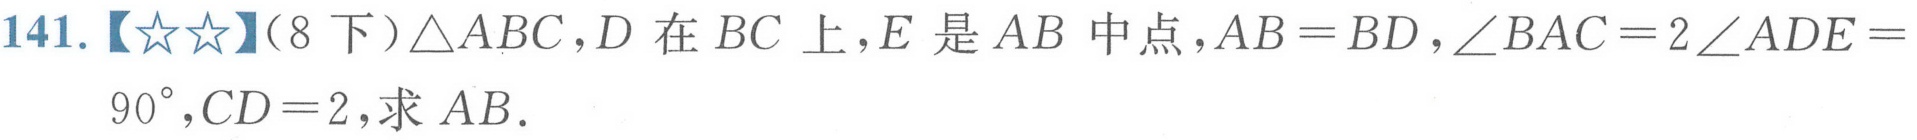
141.【★★】（8下）\(\triangle ABC\)，\(D\)在\(BC\)上，\(E\)是\(AB\)中点，\(AB = BD\)，\(\angle BAC = 2\angle ADE = 90^{\circ}\)，\(CD = 2\)，求\(AB\).